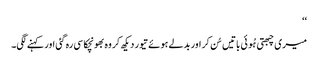
‘‘
میری چبھتی ہُوئی باتیں سُن کر اور بدلے ہوئے تیور دیکھ کر وہ بھونچکا سی رہ گئی اور کہنے لگی۔